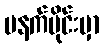
မနက်ပိုင်းမှာ